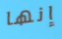
إنها